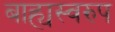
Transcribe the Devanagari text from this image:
बाह्यस्वरुप